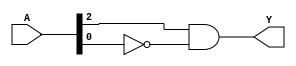
module multi_level_comb_logic (
    input wire [3:0] A,     // 4-bit input
    output wire Y           // Output
);

// Intermediate signals
wire not_A0;             // NOT A0
wire not_A1;             // NOT A1
wire and_term;           // AND term
wire or_term;            // OR term
wire final_output;       // Final output

// Level 1: Generate complements of inputs
not (not_A0, A[0]);      // NOT operation on A0
not (not_A1, A[1]);      // NOT operation on A1

// Level 2: Combine signals using AND and OR operations
and (and_term, A[2], not_A0);       // AND operation: A2 AND NOT A0
or  (or_term, A[1], not_A1);         // OR operation: A1 OR NOT A1

// Level 3: Final output computation
and (final_output, and_term, or_term); // Combine previous results
assign Y = final_output;              // Output assignment

endmodule